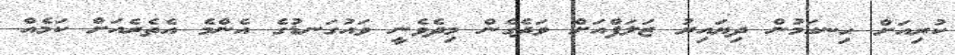
ކުރިއަށް ހިނގަމުން ދިޔައިރު ޒަލަފްއަށް ވަދެގެން މިދެވެނީ ވައުގަނޑުގެ އެންމެ އެތެރެއަށް ކަމެއް